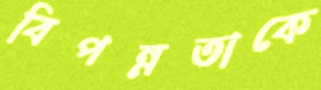
বিপন্নতাকে